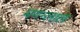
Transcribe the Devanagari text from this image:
मगन्लाल